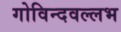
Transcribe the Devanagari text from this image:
गोविन्दवल्लभ